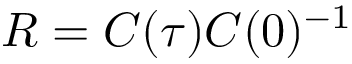
\boldsymbol { R } = \boldsymbol { C } ( \tau ) \boldsymbol { C } ( 0 ) ^ { - 1 }